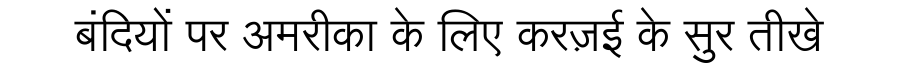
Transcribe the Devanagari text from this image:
बंदियों पर अमरीका के लिए करज़ई के सुर तीखे